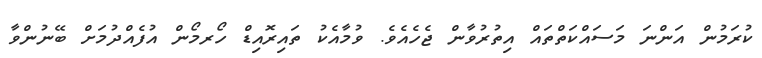
ކުރަމުން އަންނަ މަސައްކަތްތައް އިތުރުވާން ޖެހެއެވެ. ވުމާއެކު ތައިރޮއިޑް ހޯރމޯން އުފެއްދުމަށް ބޭނުންވާ